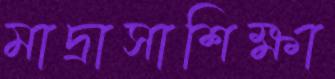
মাদ্রাসাশিক্ষা